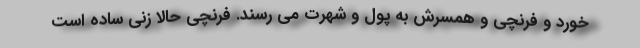
خورد و فرنچی و همسرش به پول و شهرت می رسند. فرنچی حالا زنی ساده است